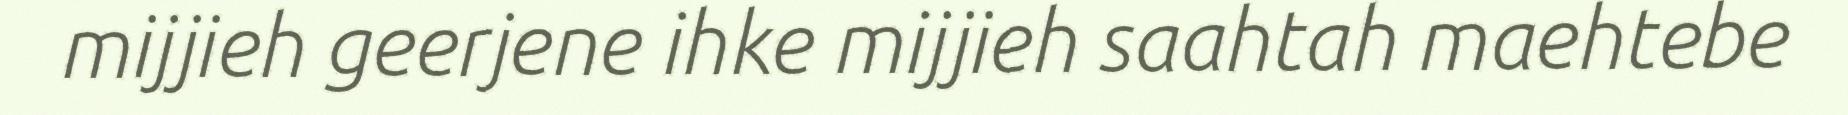
mijjieh geerjene ihke mijjieh saahtah maehtebe